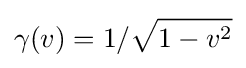
\gamma (v)=1/{\sqrt {1-v^{2}}}